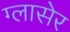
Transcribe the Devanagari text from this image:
ग्लासेर